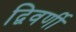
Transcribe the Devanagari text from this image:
द्विवर्णी